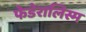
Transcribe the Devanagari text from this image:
फेडेरालिस्म